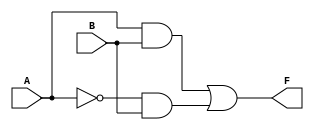
module two_variable_kmap (
    input wire A,  // Input variable A
    input wire B,  // Input variable B
    output wire F  // Output variable F
);

// Define the output F based on the K-map logic
// You can modify the logic here based on the desired truth table outputs (F0, F1, F2, F3)
assign F = (A & B) | (~A & B); // Example: F = A AND B OR NOT A AND B (F1 + F3)

endmodule